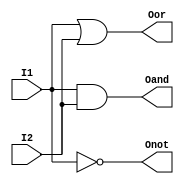
module GL_lab2(Onot, Oor, Oand, I1, I2);

input I1, I2;
output Oand, Onot, Oor;

not G1(Onot, I1);
and G2(Oand, I1, I2);
or G3(Oor, I1, I2);

endmodule